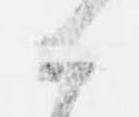
候